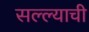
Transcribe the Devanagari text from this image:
सल्ल्याची